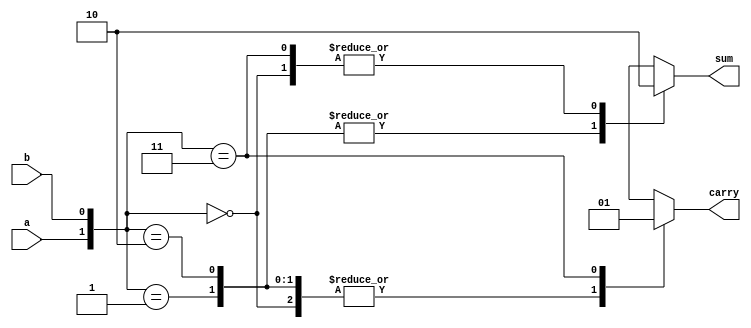
module ha(input a,b,output reg sum,carry);
   //behaviroal : high abstract 
   always @(a,b)
    begin
	 //case
	 case({a,b})
	  2'b00 : begin sum =0; carry =0; end
	  2'b01 : begin sum =1; carry =0; end
	  2'b10 : begin sum =1; carry =0; end
	  2'b11 : begin sum =0; carry =1; end
	 endcase
	end
  

endmodule